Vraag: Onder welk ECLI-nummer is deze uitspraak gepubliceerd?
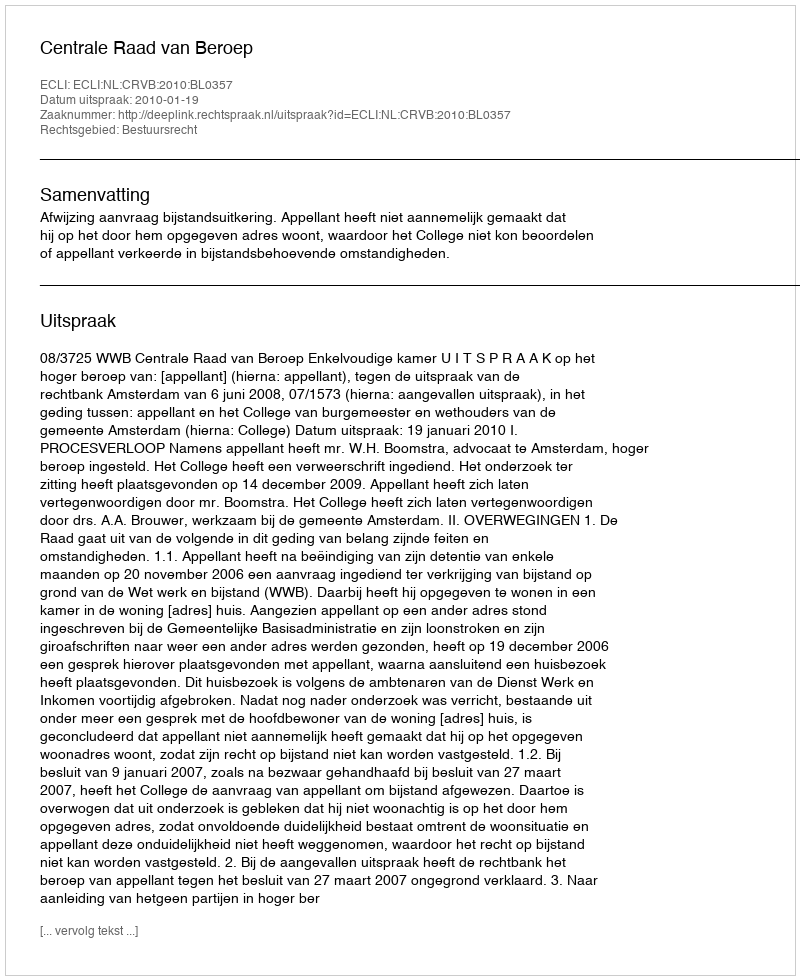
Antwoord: ECLI:NL:CRVB:2010:BL0357